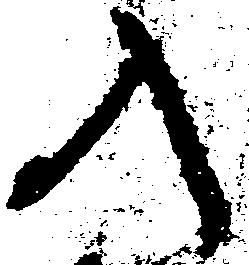
入